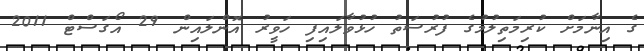
ގެ އިނާމަށް ކުރިމަތިލުމުގެ ފުރުސަތު ހުޅުވާލައިފި ހަވީރު އޮންލައިން 29 އޯގަސްޓް 2011